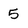
Character: 5